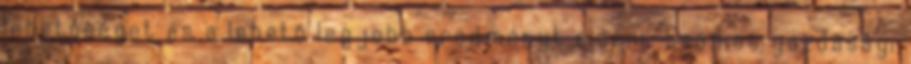
lehetôséget és a lehetô legjobb eredményt elérni” Számos gazdasági